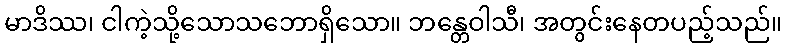
မာဒိဿ၊ ငါကဲ့သို့သောသဘောရှိသော။ ဘန္တေဝါသီ၊ အတွင်းနေတပည့်သည်။